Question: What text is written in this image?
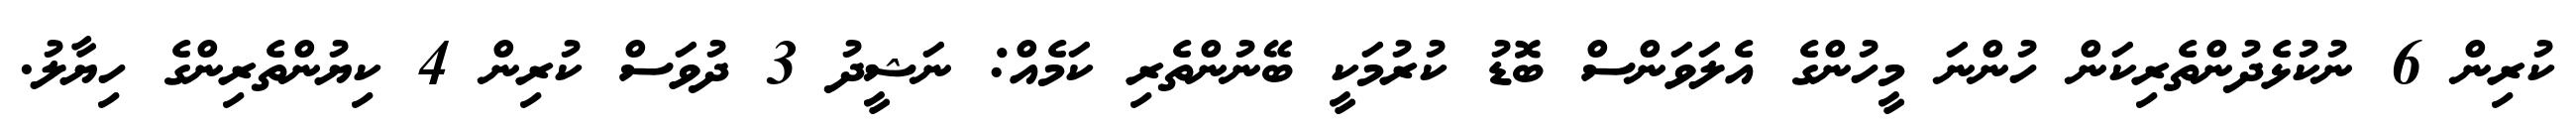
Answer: ކުރިން 6 ނުކުޅެދުންތެރިކަން ހުންނަ މީހުންގެ އެލަވަންސް ބޮޑު ކުރުމަކީ ބޭނުންތެރި ކަމެއް: ނަޝީދު 3 ދުވަސް ކުރިން 4 ކިޔުންތެރިންގެ ހިޔާލު.